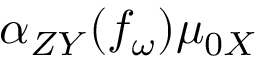
\alpha _ { Z Y } ( f _ { \omega } ) \mu _ { 0 X }